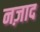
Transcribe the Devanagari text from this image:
नज़ाद